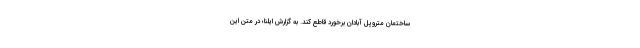
ساختمان متروپل آبادان برخورد قاطع کند. به گزارش ایلنا؛ در متن این